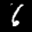
Label: 6